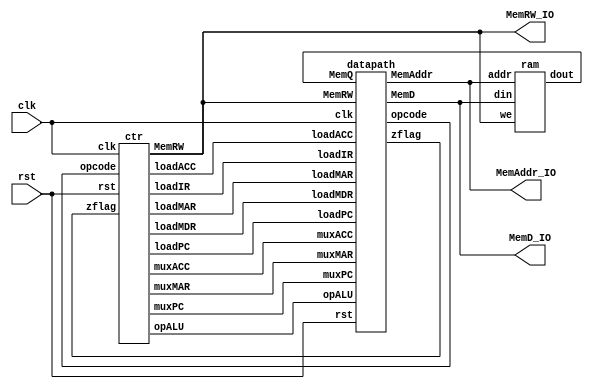

module proj1( 
input clk, 
input rst, 
output MemRW_IO, 
output [7:0] MemAddr_IO, 
output [15:0] MemD_IO);

wire [7:0] MemAddr;
wire [15:0] MemD;
wire [15:0] MemQ;
wire MemRW;
wire muxPC;
wire muxMAR;
wire MuxACC;
wire loadMAR;
wire loadPC;
wire loadACC;
wire loadMDR;
wire loadIR;
wire opALU;
wire zflag;
wire [7:0]opcode;

//one instance of memory
//one instance of controller
//one instance of datapath1
ram r1( MemAddr, MemD, MemQ, MemRW);
ctr c1( clk, rst, zflag, opcode, muxPC, muxMAR, muxACC, loadMAR, loadPC, loadACC, loadMDR, loadIR, opALU, MemRW);
datapath d1( clk, rst, muxPC, muxMAR, muxACC, loadMAR, loadPC, loadACC, loadMDR, loadIR, opALU, zflag, opcode, MemAddr, MemD, MemQ, MemRW);

//these are just to observe the signals. 
assign MemAddr_IO = MemAddr; 
assign MemD_IO = MemD; 
assign MemRW_IO = MemRW;

endmodule
//---------------------------------------------------------------------------------------------------------------------------------------------
module ram(addr, din, dout, we);
input [7:0] addr;
input [15:0] din;
input we;
output reg [15:0] dout;
reg [15:0] mem[0:255]; // 16x255

always@(*)
begin
	case(we)
	// during write set dout to din
	1: //write din to memory
	mem[addr] <= din;
	0: //write memory value to dout
	dout <= mem[addr];
	
	endcase
end
endmodule
//---------------------------------------------------------------------------------------------------------------------------------------------
module registers (
input wire clk,
input wire rst,
output reg  [7:0]PC_reg,
input wire  [7:0]PC_next,
output reg  [15:0]IR_reg, 
input wire  [15:0]IR_next,  
output reg  [15:0]ACC_reg, 
input wire  [15:0]ACC_next,  
output reg  [15:0]MDR_reg, 
input wire  [15:0]MDR_next,   
output reg  [7:0]MAR_reg,
input wire  [7:0]MAR_next,  
output reg zflag_reg,
input wire zflag_next);

always@(posedge clk) begin
	if(rst) 
	begin
		PC_reg <= 0;
		IR_reg <= 0;
		ACC_reg <= 0;
		MDR_reg <= 0;
		MAR_reg <= 0;
		zflag_reg <= 0;
	end 
	else 
	begin
		PC_reg <= PC_next;
		IR_reg <= IR_next;
		ACC_reg <= ACC_next;
		MDR_reg <= MDR_next;
		MAR_reg <= MAR_next;
		zflag_reg <= zflag_next;
	end
end
endmodule
//---------------------------------------------------------------------------------------------------------------------------------------------
module datapath(
input  clk,
input  rst,
input  muxPC,
input  muxMAR, 
input  muxACC,
input  loadMAR, 
input  loadPC,
input  loadACC, 
input  loadMDR, 
input  loadIR, 
input  opALU,
output   zflag,
output [7:0]opcode,
output [7:0]MemAddr, 
output [15:0]MemD, 
input  [15:0]MemQ,
input MemRW//
);

wire  [7:0]PC_next;
wire  [15:0]ACC_next;
wire  [7:0]MAR_next;
wire  [15:0]IR_next;
wire  [15:0]MDR_next;
wire zflag_next;

wire  [7:0]PC_reg;
wire  [15:0]IR_reg;   
wire  [15:0]ACC_reg;   
wire  [15:0]MDR_reg;   
wire  [7:0]MAR_reg;   
wire zflag_reg; 

wire  [15:0]ALU_out;

//muxPC, muxMAR, muxACC
//loadMAR, loadPC, loadACC, loadMDR, loadIR
assign PC_next = loadPC ? (muxPC ? IR_reg : (PC_reg + 1)) : PC_reg;

assign IR_next =  loadIR ? MDR_reg : IR_reg;

assign ACC_next = loadACC ? (muxACC ? ALU_out : MDR_reg) : ACC_reg;

assign MDR_next = loadMDR ? MemQ : MDR_reg;//

assign MAR_next = loadMAR ? (~muxMAR ? PC_reg : IR_reg[15:8]) : MAR_reg;//not sure which half of IR is what

assign zflag_next =  |ACC_reg ? 1'b0 : 1'b1;//

assign zflag =  zflag_next;
assign opcode = IR_reg[7:0];//not sure which half of IR is what
assign MemAddr = MAR_reg;//not sure which half of IR is what
assign MemD = ACC_reg;

//one instance of registers
registers regs(clk, rst, PC_reg, PC_next, IR_reg, IR_next, ACC_reg, ACC_next, MDR_reg, MDR_next, MAR_reg, MAR_next, zflag, zflag_next );
// one instunace of alu
alu a( MDR_reg, ACC_reg, opALU, ALU_out);

endmodule
//---------------------------------------------------------------------------------------------------------------------------------------------
module ctr(
clk,
rst,
zflag,
opcode,
muxPC,
muxMAR,
muxACC,
loadMAR,
loadPC,
loadACC,
loadMDR,
loadIR,
opALU,
MemRW
);
parameter d_width=16, addr_width=8, mem_depth=256;
parameter Fetch_1=     4'b0000;
parameter Fetch_2=     4'b0001;
parameter Fetch_3=     4'b0010;
parameter Decode=      4'b0011;
parameter ExecADD_1=   4'b0100;
parameter ExecADD_2=   4'b0101;
parameter ExecOR_1=    4'b0110;
parameter ExecOR_2=    4'b0111;
parameter ExecLoad_1=  4'b1000;
parameter ExecLoad_2=  4'b1001;
parameter ExecStore_1= 4'b1010;
parameter ExecStore_2= 4'b1011;
parameter ExecJump=    4'b1100;

parameter op_add=   8'b0001;//
parameter op_or=    8'b0010;//
parameter op_load=  8'b0011;//
parameter op_store= 8'b0100;//
parameter op_jump=  8'b0101;//
parameter op_jumpz= 8'b0110;//

input clk;
input rst;
input zflag;
input [addr_width-1:0] opcode;
output reg muxPC;
output reg muxMAR;
output reg muxACC;
output reg loadMAR;
output reg loadPC;
output reg loadACC;
output reg loadMDR;
output reg loadIR;
output reg opALU;
output reg MemRW;
		   
reg [3:0]reg_state;
reg [3:0]next_state;
		   

always @ ( posedge clk )
begin
   	if( rst )
     		reg_state <=  Fetch_1 ;
   	else
     		reg_state<= next_state ;
end


always @ (reg_state or opcode or zflag)
begin
    	case (reg_state)
      	// follow the flow chart to figure out allthe next states.
	  	default: next_state <= Fetch_1;
		Fetch_1: next_state <= Fetch_2;
		Fetch_2: next_state <= Fetch_3;
		Fetch_3: next_state <= Decode;
		Decode: 
		begin
			case(opcode)
			op_add: next_state <= ExecADD_1;
			op_or: next_state <= ExecOR_1;
			op_load: next_state <= ExecLoad_1;
			op_store: next_state <= ExecStore_1;
			op_jump: next_state <= ExecJump;
			op_jumpz:
			begin
				if(zflag)
				next_state <= ExecJump;
				else
				next_state <= Fetch_1;
			end
			default: next_state <= 4'b1111;
			endcase
		end
		ExecADD_1: next_state <= ExecADD_2; 
		ExecADD_2: next_state <= Fetch_1;
		ExecOR_1: next_state <= ExecOR_2;
		ExecOR_2: next_state <= Fetch_1;
		ExecLoad_1: next_state <= ExecLoad_2;
		ExecLoad_2: next_state <= Fetch_1;
		ExecStore_1: next_state <= Fetch_1;
		ExecJump: next_state <= Fetch_1;
    	endcase
end				 

always @ (reg_state )
begin
    	case (reg_state)
      		Fetch_1:	 
	  	begin
			muxPC <= 1'b0; 
    			muxMAR <= 1'b0;
    			muxACC <= 1'b0; //
    			loadMAR <= 1'b1;
    			loadPC <= 1'b1; 
    			loadACC <= 1'b0; //
    			loadMDR <= 1'b0; //
    			loadIR <= 1'b0; //
    			opALU <= 1'b0; //
    			MemRW <= 1'b0; //
	   	end

		Fetch_2:
		begin
			muxPC <= 1'b0; 
    			muxMAR <= 1'b0;
    			muxACC <= 1'b0; 
    			loadACC <= 1'b0; 
    			loadIR <= 1'b0; 
    			opALU <= 1'b0; 
			loadPC <= 1'b0;//
			loadMAR <= 1'b0;//
			
			MemRW <= 1'b0;
			loadMDR <= 1'b1;			
		end

		Fetch_3:
		begin
			muxPC <= 1'b0; 
    			muxMAR <= 1'b0;
    			muxACC <= 1'b0; 
    			loadMAR <= 1'b0;
    			loadPC <= 1'b0; 
    			loadACC <= 1'b0; 
    			opALU <= 1'b0; 
    			MemRW <= 1'b0; 
			loadMDR <= 1'b0;//

			loadIR <= 1'b1;
		end

		Decode:
		begin
			muxPC <= 1'b0; 
    			muxACC <= 1'b0; 
    			loadPC <= 1'b0; 
    			loadACC <= 1'b0; 
    			loadMDR <= 1'b0; 
    			opALU <= 1'b0; 
    			MemRW <= 1'b0; 
			loadIR <= 1'b0;//

			muxMAR <= 1'b1;
			loadMAR <= 1'b1;
		end

		ExecADD_1:
		begin
			muxPC <= 1'b0; 
    			muxACC <= 1'b0; 
    			loadPC <= 1'b0; 
    			loadACC <= 1'b0; 
    			loadIR <= 1'b0; 
    			opALU <= 1'b0; 
			muxMAR <= 1'b0;//
			loadMAR <= 1'b0;//
			
			MemRW <= 1'b0;
			loadMDR <= 1'b1;
		end

		ExecADD_2:
		begin
			muxPC <= 1'b0; 
    			muxMAR <= 1'b0;
    			loadMAR <= 1'b0;
    			loadPC <= 1'b0; 
    			loadIR <= 1'b0; 
    			MemRW <= 1'b0; 
			loadMDR <= 1'b0;//
			
			loadACC <= 1'b1;
			muxACC <= 1'b0;
			opALU <= 1'b1;
		end

		ExecOR_1:
		begin
			muxPC <= 1'b0; 
    			muxACC <= 1'b0; 
    			loadPC <= 1'b0; 
    			loadACC <= 1'b0; 
    			loadIR <= 1'b0; 
    			opALU <= 1'b0; 
			muxMAR <= 1'b0;//
			loadMAR <= 1'b0;//

			MemRW <= 1'b0;
			loadMDR <= 1'b1;
		end

		ExecOR_2:
		begin
			muxPC <= 1'b0; 
    			muxMAR <= 1'b0;
    			loadMAR <= 1'b0;
    			loadPC <= 1'b0; 
    			loadIR <= 1'b0; 
    			MemRW <= 1'b0; 
			loadMDR <= 1'b0;//

			loadACC <= 1'b1;
			muxACC <= 1'b0;
			opALU <= 1'b0;
		end

		ExecLoad_1:
		begin
			muxPC <= 1'b0; 
    			muxACC <= 1'b0; 
    			loadPC <= 1'b0; 
    			loadACC <= 1'b0; 
    			loadIR <= 1'b0; 
    			opALU <= 1'b0; 
			muxMAR <= 1'b0;//
			loadMAR <= 1'b0;//

			MemRW <= 1'b0;
			loadMDR <= 1'b1;
		end

		ExecLoad_2:
		begin
			muxPC <= 1'b0; 
    			muxMAR <= 1'b0; 
    			loadMAR <= 1'b0;
    			loadPC <= 1'b0;  
    			loadIR <= 1'b0; 
    			opALU <= 1'b0; 
    			MemRW <= 1'b0; 
			loadMDR <= 1'b0;//

			loadACC <= 1'b1;
			muxACC <= 1'b1;
		end

		ExecStore_1:
		begin
			muxPC <= 1'b0; 
    			muxACC <= 1'b0; 
    			loadPC <= 1'b0; 
    			loadACC <= 1'b0; 
    			loadMDR <= 1'b0; 
    			loadIR <= 1'b0; 
    			opALU <= 1'b0; 
			muxMAR <= 1'b0;//
			loadMAR <= 1'b0;//

			MemRW <= 1'b1;
		end

		ExecJump:
		begin
    			muxACC <= 1'b0; 
    			loadACC <= 1'b0; 
    			loadMDR <= 1'b0; 
    			loadIR <= 1'b0; 
    			opALU <= 1'b0; 
    			MemRW <= 1'b0; 
			muxMAR <= 1'b0;//
			loadMAR <= 1'b0;//

			muxPC <= 1'b1;
			loadPC <= 1'b1;
		end
		  
      	//pick values for all other states.
   	
	endcase  
   
end
		   
endmodule
//---------------------------------------------------------------------------------------------------------------------------------------------
module alu( 
input [15:0] A, B,
input opALU, 
output wire [15:0] Rout);

assign Rout = opALU ? A+B : A|B;

endmodule
//---------------------------------------------------------------------------------------------------------------------------------------------
module proj1_tb;
	reg clk;
	reg rst;
	wire MemRW_IO;
	wire [7:0]MemAddr_IO;
	wire [15:0]MemD_IO;

always@(Dut.c1.reg_state) 
begin
	case (Dut.c1.reg_state)

		0: $display($time," Fetch_1");
		1: $display($time," Fetch_2");
		2: $display($time," Fetch_3");
		3: $display($time," Decode");
		4: $display($time," ExecADD_1");
		5: $display($time," ExecADD_2");
		6: $display($time," ExecOR_1");
		7: $display($time," ExecOR_2");
		8: $display($time," ExecLoad_1");
		9: $display($time," ExecLoad_2");
		10: $display($time," ExecStore_1");
		11: $display($time," ExecStore_2");
		12: $display($time," ExecJump");
		default: $display($time," Unrecognized State %b %b %b",  Dut.d1.IR_reg, Dut.d1.MemQ, Dut.d1.MemAddr);

	endcase 
end

always 
begin
      #5  clk = !clk;
end
		
initial 
begin
	$dumpfile("Proj1_waves.vcd");
  	$dumpvars;
	clk=1'b0;
	rst=1'b1;
	$readmemh("mem.dat", proj1_tb.Dut.r1.mem);
	#20 rst=1'b0;
	#435 
	$display("Final value\n");
	$display("0x00d %d\n", proj1_tb.Dut.r1.mem[16'h000d]);
	$finish;
end

proj1 Dut(clk, rst, MemRW_IO, MemAddr_IO, MemD_IO);	   

endmodule